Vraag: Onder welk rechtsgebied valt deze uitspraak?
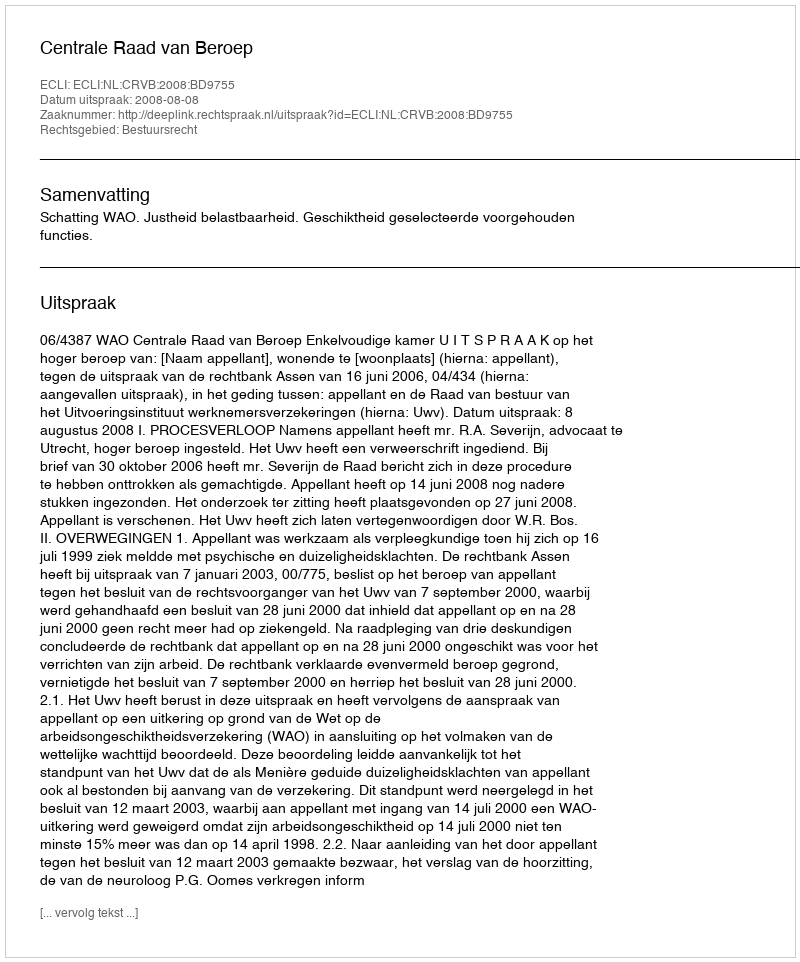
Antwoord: Bestuursrecht